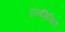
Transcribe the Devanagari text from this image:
ट्रांसमिसिव